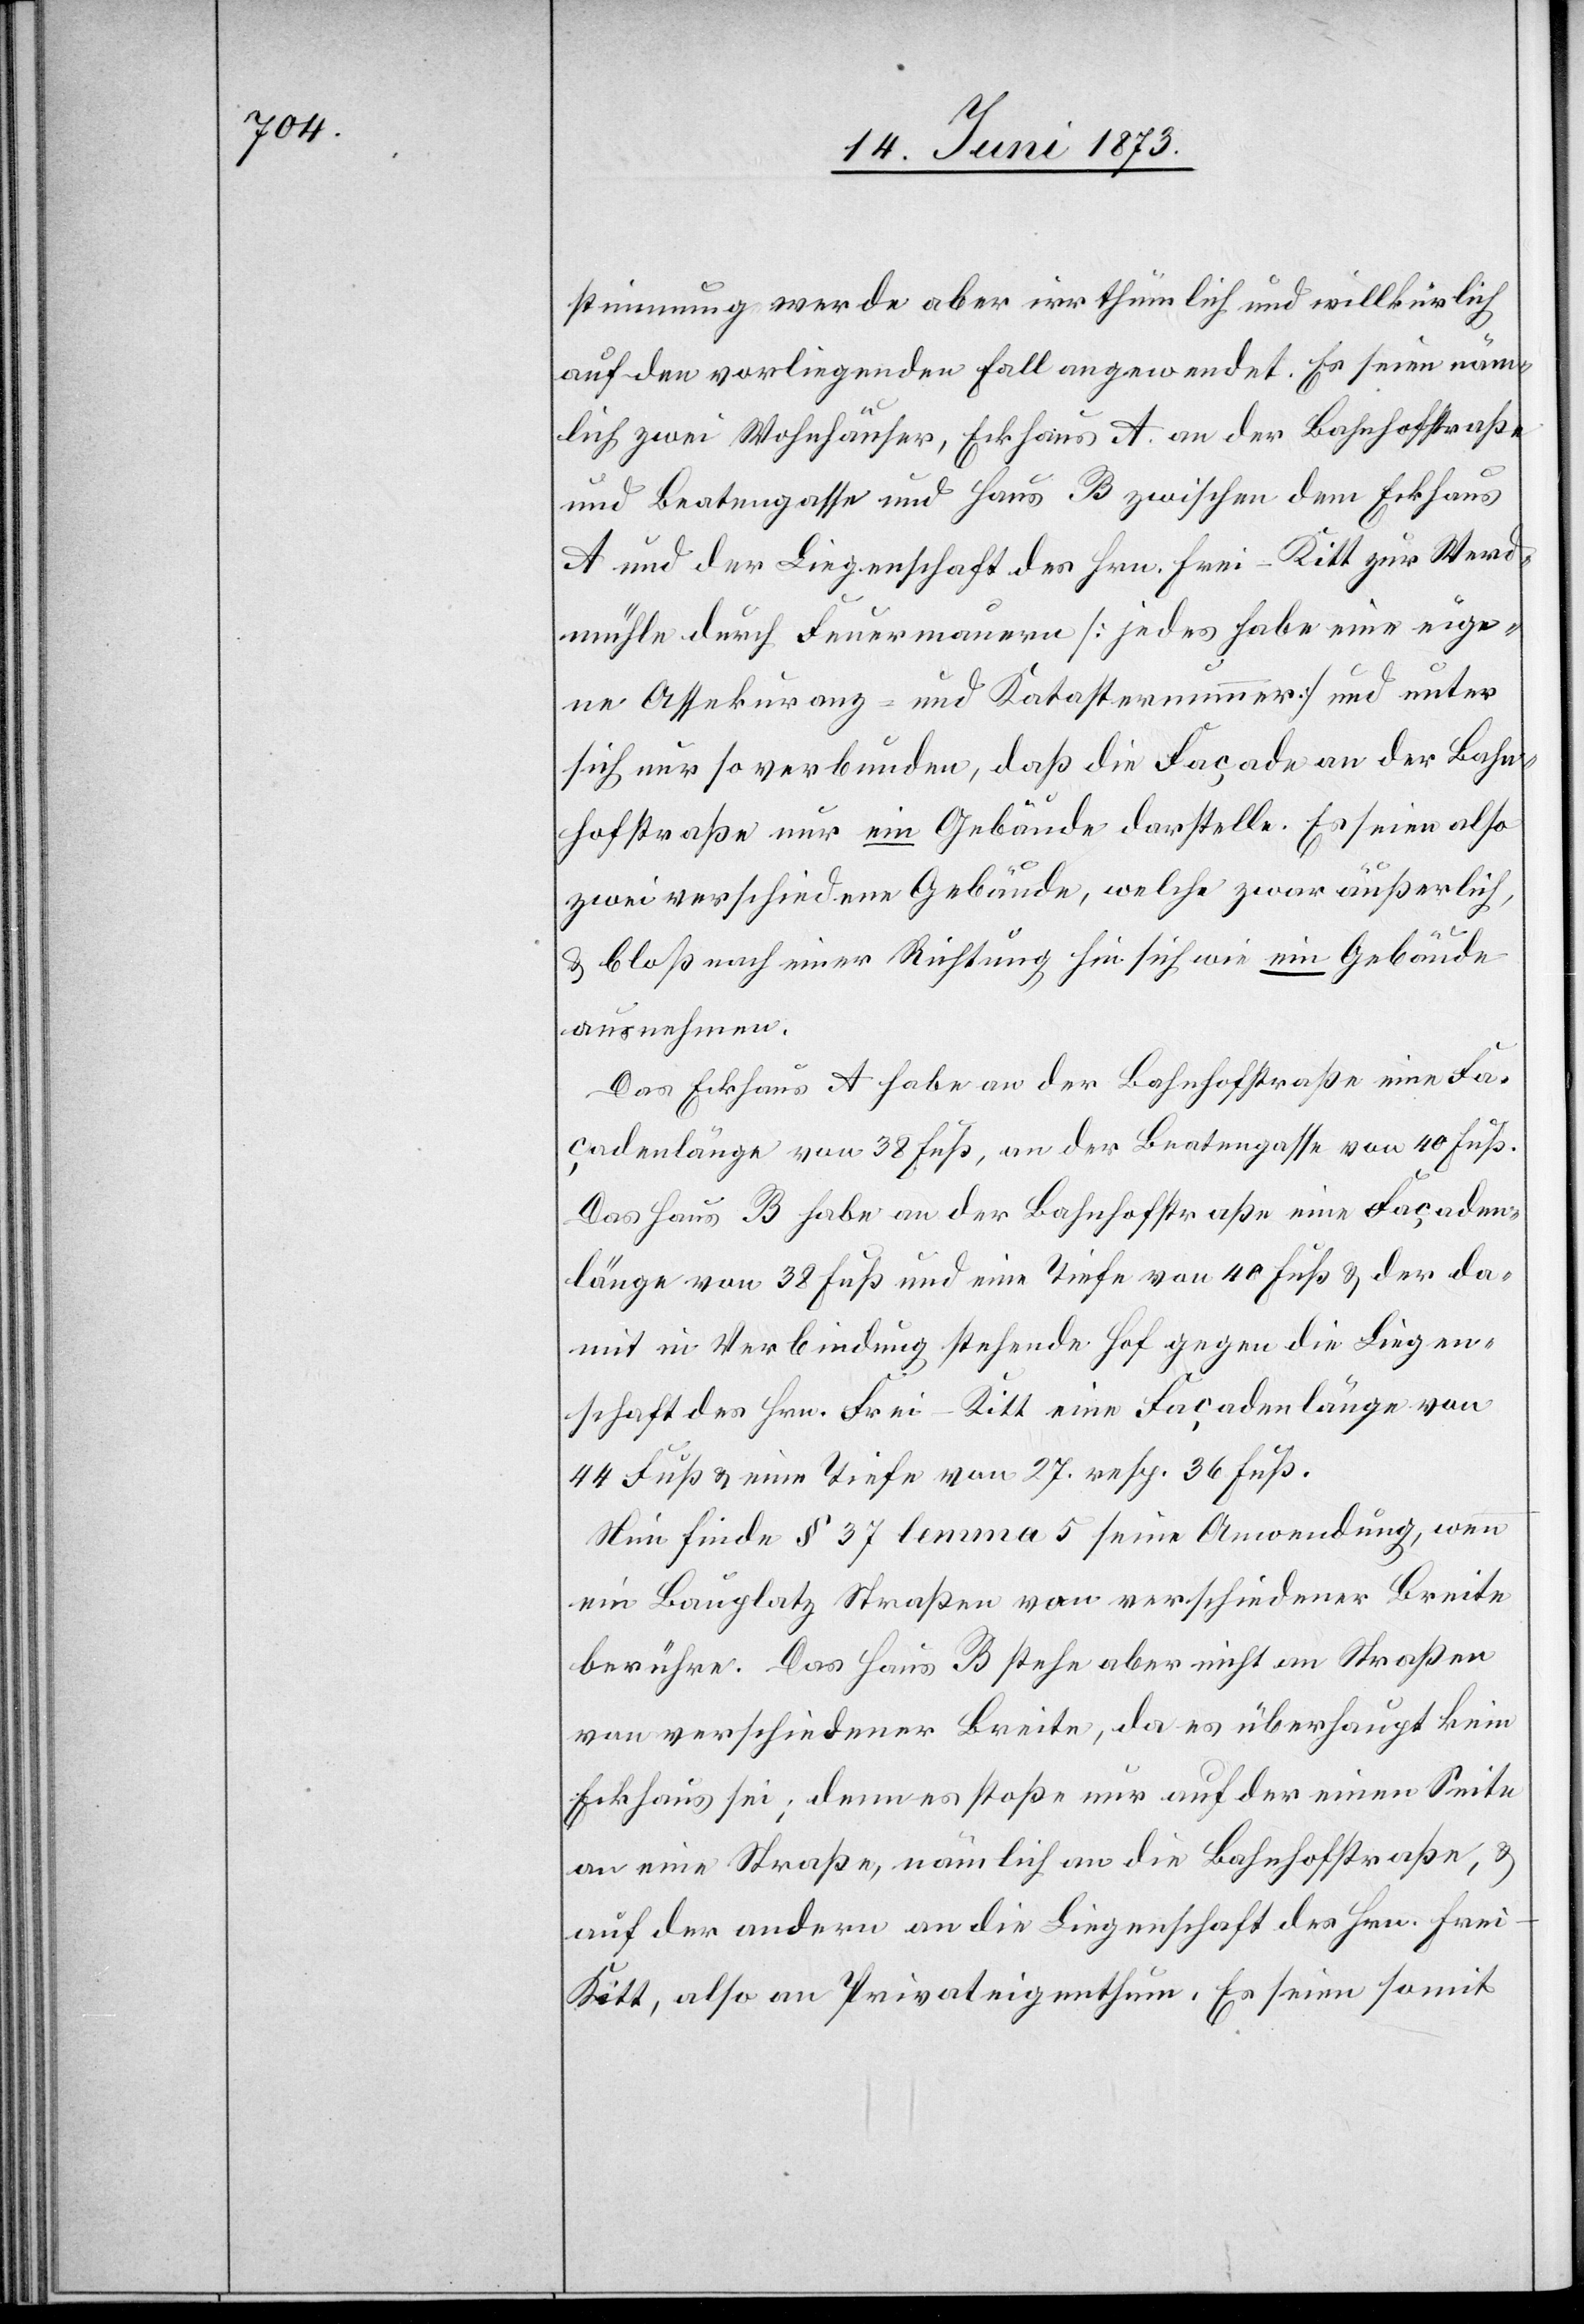
stimmung werde aber irrthümlich und willkürlich
auf den vorliegenden Fall angewendet. Es seien näm¬
lich zwei Wohnhäuser, Eckhaus A. an der Bahnhofstraße
und Beatengasse und Haus B zwischen dem Eckhaus
A und der Liegenschaft des Hrn. Frei-Kitt zur Werd¬
mühle durch Feuermauern [jedes habe eine eige¬
ne Assekuranz- und Katasternummer] und unter
sich nur so verbunden, daß die Façade an der Bahn¬
hofstraße nur ein Gebäude darstelle. Es seien also
zwei verschiedene Gebäude, welche zwar äußerlich,
& bloß nach einer Richtung hin sich wie ein Gebäude
ausnehmen.
Das Eckhaus A habe an der Bahnhofstraße eine Fa¬
çadenlänge von 38 Fuß, an der Beatengasse von 40 Fuß.
Das Haus B habe an der Bahnhofstraße eine Façaden¬
länge von 38 Fuß und eine Tiefe von 40 Fuß & der da¬
mit in Verbindung stehende Hof gegen die Liegen¬
schaft des Hrn. Frei-Kitt eine Façadenlänge von
44 Fuß & eine Tiefe von 27. resp. 36 Fuß.
Nun finde § 37 lemma 5 seine Anwendung, wenn
ein Bauplatz Straßen von verschiedener Breite
berühre. Das Haus B stehe aber nicht an Straßen
von verschiedener Breite, da es überhaupt kein
Eckhaus sei; denn es stoße nur auf der einen Seite
an eine Straße, nämlich an die Bahnhofstraße, &
auf der andern an die Liegenschaft des Hrn. Fre¬
i-Kitt, also an Privateigenthum. Es seien somit